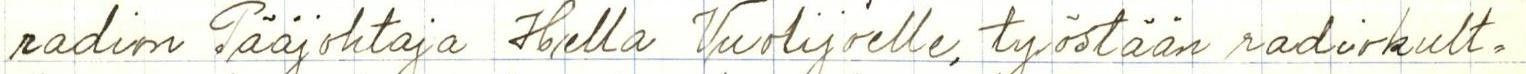
radion Pääjohtaja Hella Vuolijoelle, työstään radiokult=